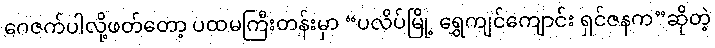
ဂေဇက်ပါလို့ဖတ်တော့ ပထမကြီးတန်းမှာ “ပလိပ်မြို့ ရွှေကျင်ကျောင်း ရှင်ဇနက”ဆိုတဲ့